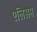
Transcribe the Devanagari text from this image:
एलिसम